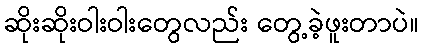
ဆိုးဆိုးဝါးဝါးတွေလည်း တွေ့ခဲ့ဖူးတာပဲ။